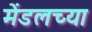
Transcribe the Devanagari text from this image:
मेंडलच्या